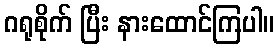
ဂရုစိုက် ပြီး နားထောင်ကြပါ။